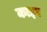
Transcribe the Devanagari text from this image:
काइप